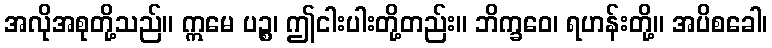
အလိုအစုတို့သည်။ ဣမေ ပဉ္စ၊ ဤငါးပါးတို့တည်း။ ဘိက္ခဝေ၊ ရဟန်းတို့။ အပိစခေါ၊